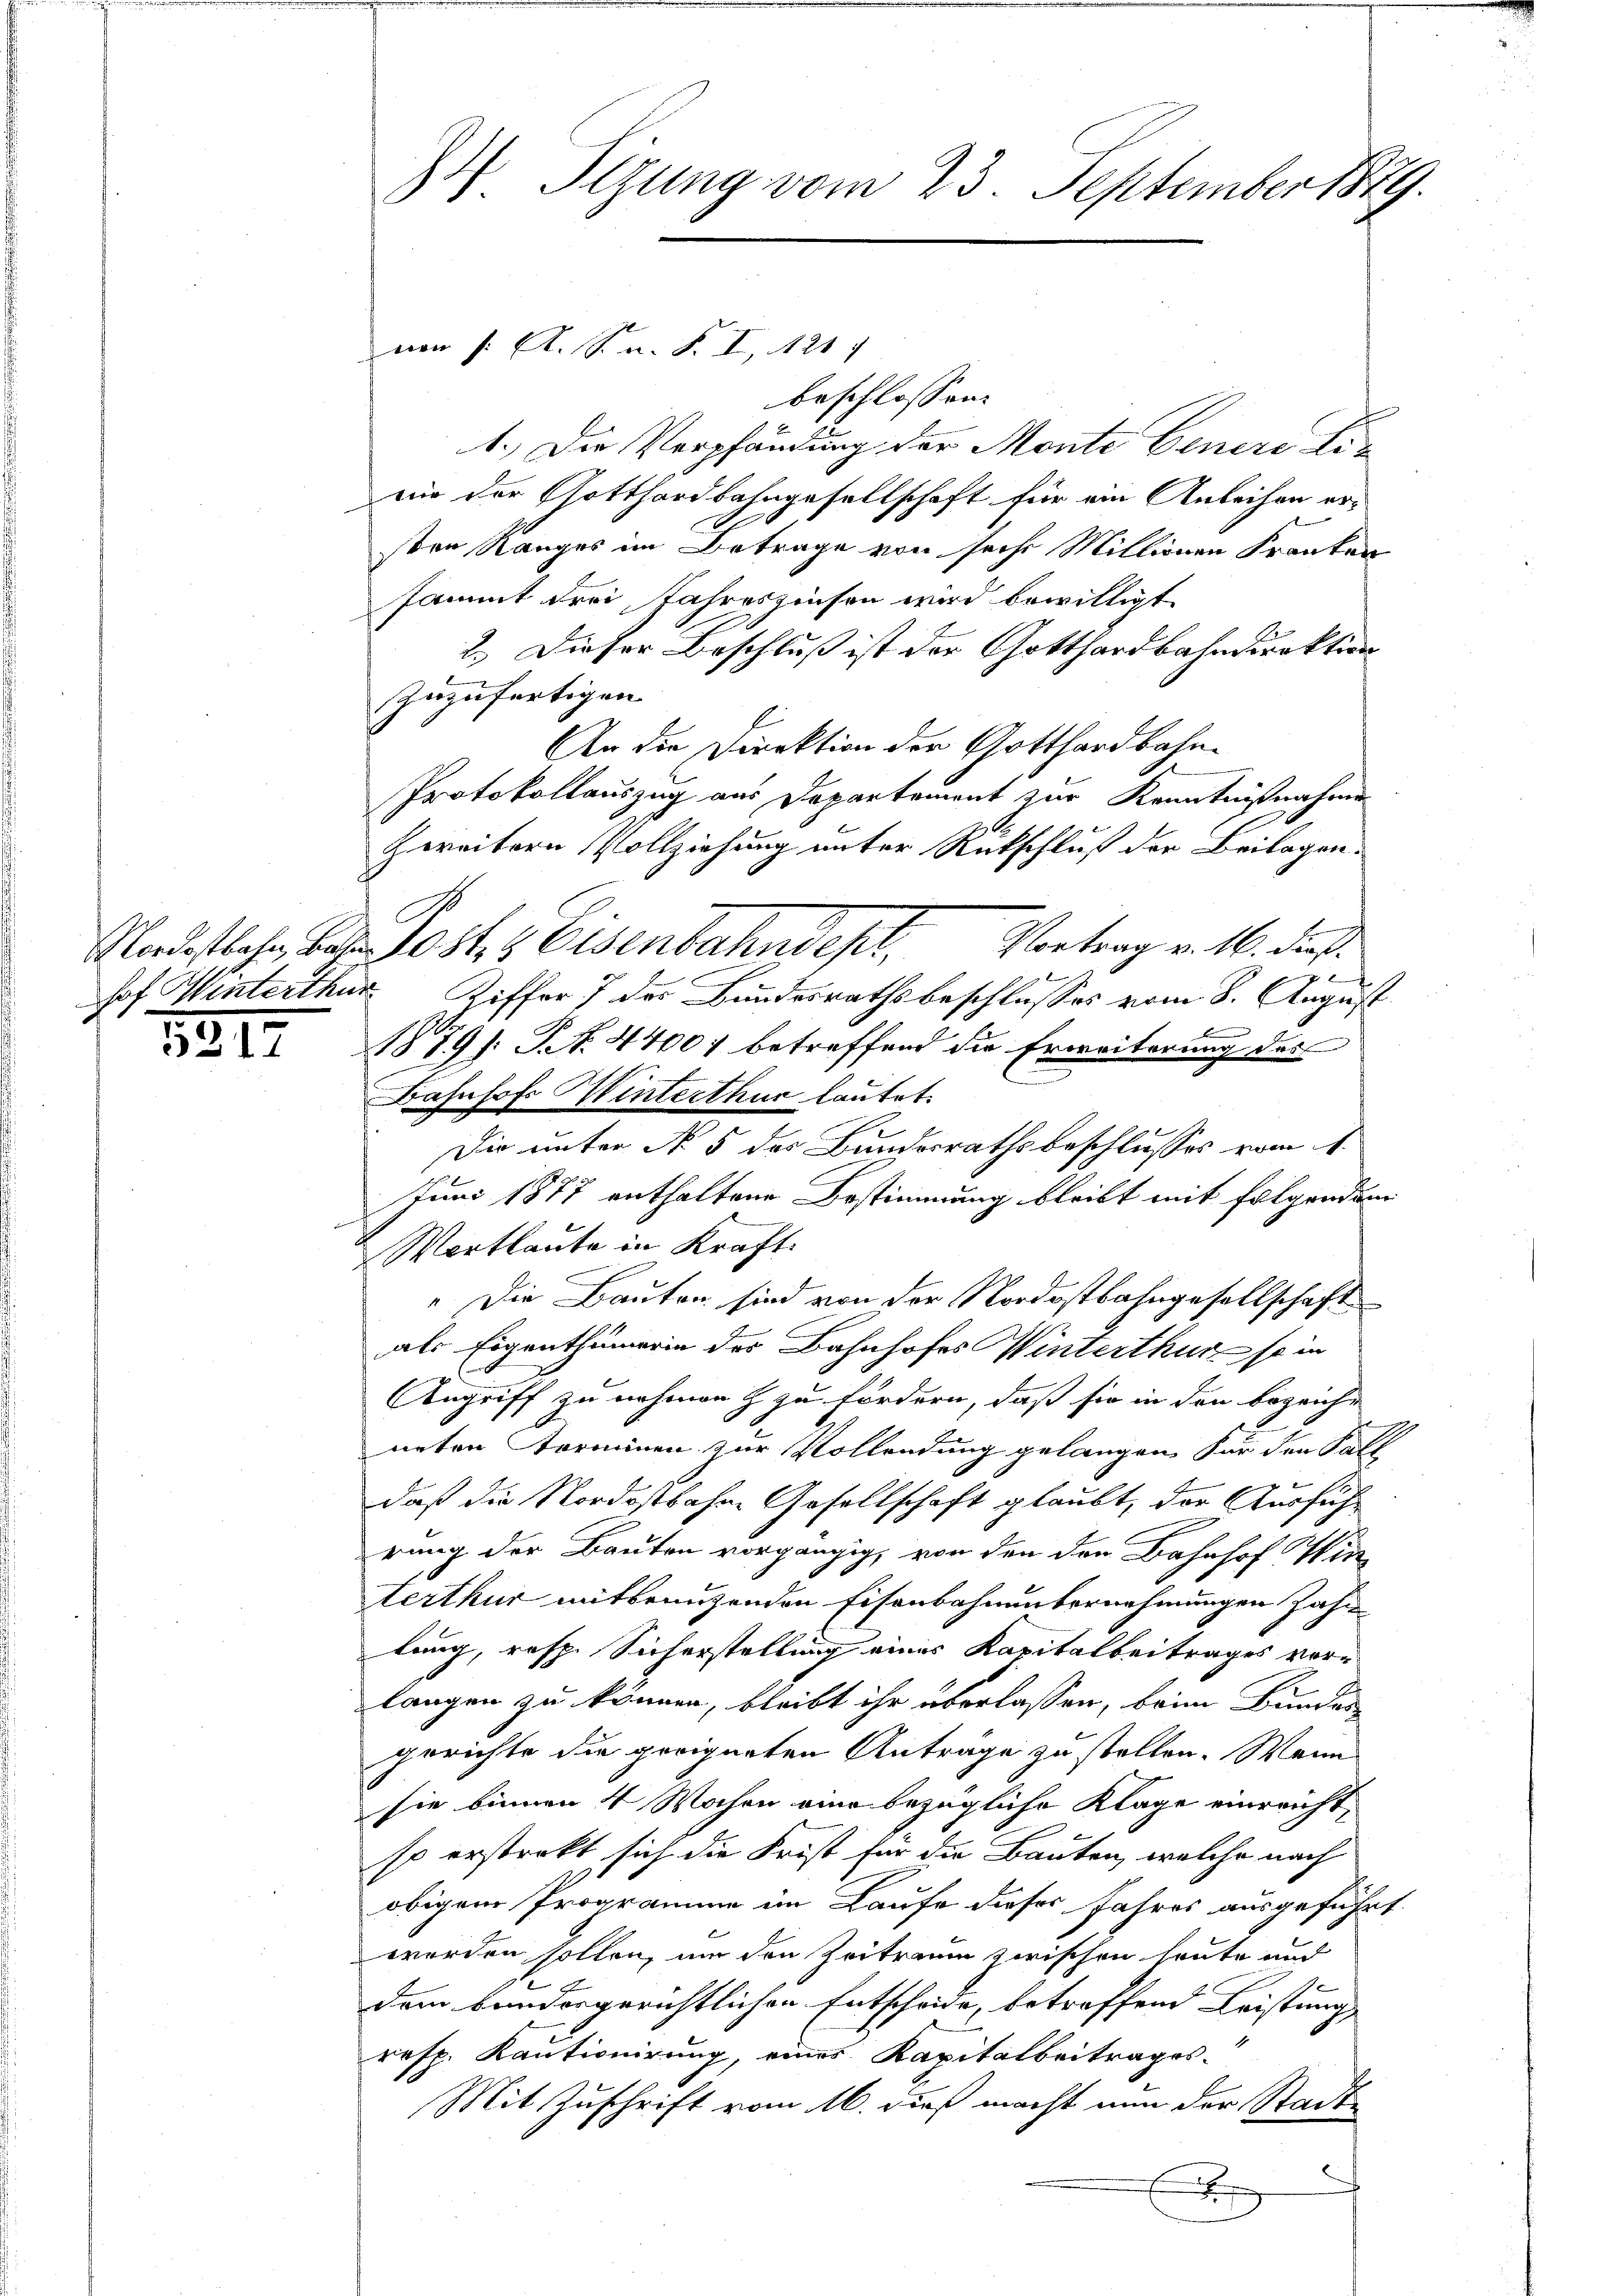
1817

4 Sizung vom 23. September 1849.

von 1. A. S. n. F. I, 421 f
beschlossen:
1.) Die Verpfändung der Monte Genere Linie der Gotthardbahngesellschaft für ein Anleihen ersten Ranges im Betrage von sechs Millionen Franken
sammt drei Jahreszinsen wird bewilligt
2.) Dieser Beschluß ist der Gotthardbahndirektion
zuzufertigen
An die Direktion der Gotthardbahn¬
Protokollauszug aus Departement zur Kenntnißnahmen
zereitern Vollziehung unter Rükschluß der Beilagen-
Vortrag v. 16. dieß.
Radstbahn bes. Post & Eisenbahndepr

hof Winterthur Ziffer 7 des Bundesrathsbeschlusses vom 8. August
1879 J. J. N. 4400 betreffend die Erweiterung des
Bahnhofe Winterthur lautet.
Die unter No 5 der Bundesrathsbeschlusses vom 1.
Juni 1877 enthaltene Bestimmung bleibt mit folgenden
Wortlaute in Kraft.
" Die Bauten sind von der Nordostbahngesellschaft
als Eigenthümerin des Bahnhofes Winterthur so in
7
Angriff zu nehmen & zu fördern, daß sie in den bezeiche
neten Terminen zur Vollendung gelangen. Für den Fall
daß die Nordostbahne Gesellschaft glaubt, der Ausführung der Bauten vorgängig, von den den Bahnhof in
terthur mitbenuzenden Eisenbahnunternehmungen Zahn
lung, resp. Sicherstellung eines Kapitalbeitrages vorlangen zu können, bleibt ihr überlassen, beim Bundes-
gerichte die geeigneten Anträge zu stellen. Wenn
sie binnen 4 Wochen eine bezügliche Klage einreicht,
so erstrekt sich die Frist für die Bauten, welche nach
obigem Programme im Laufe dieses Jahres ausgeführt.
worden sollen, um den Zeitraum zwischen heute und
dem bandesgerichtlichen Entscheide, betreffend Leistung,
resp. Kautionirung, eines Kapitalbeitrages.
Mit Zuschrift vom 16. dieß macht nun der Stadt-
e